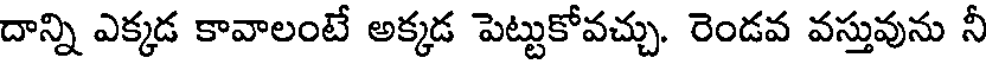
దాన్ని ఎక్కడ కావాలంటే అక్కడ పెట్టుకోవచ్చు. రెండవ వస్తువును నీ